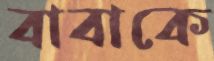
বাবাকে